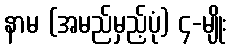
နာမ (အမည်မှည့်ပုံ) ၄-မျိုး